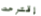
إقترحت